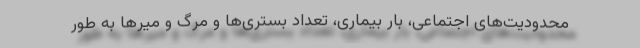
محدودیت‌های اجتماعی، بار بیماری، تعداد بستری‌ها و مرگ و میرها به طور